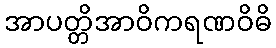
အာပတ္တိအာဝိကရဏဝိဓိ